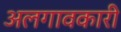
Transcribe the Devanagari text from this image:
अलगावकारी